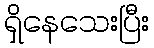
ရှိနေသေးပြီး